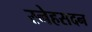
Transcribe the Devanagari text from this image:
स्नेहसदन